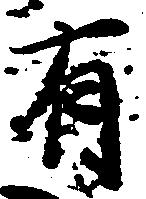
有